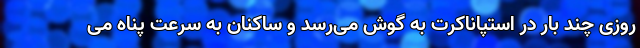
روزی چند بار در استپاناکرت به گوش می‌رسد و ساکنان به سرعت پناه می